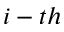
i - t h